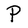
Character: P